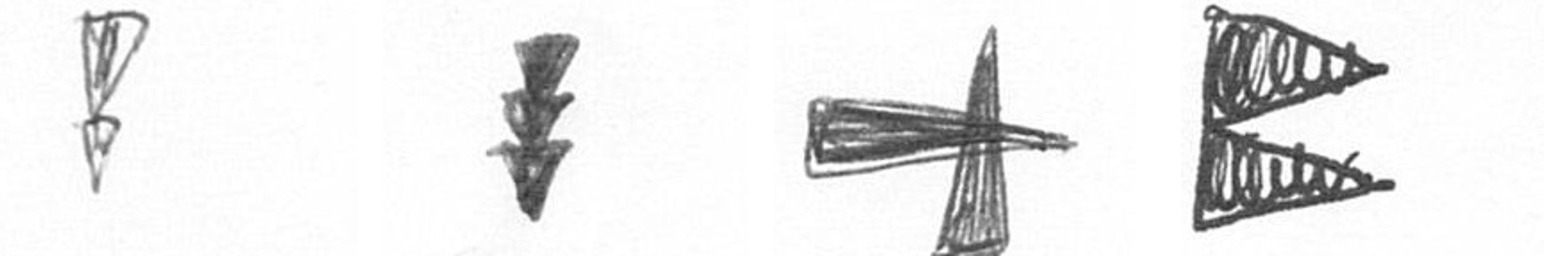
Z E G P